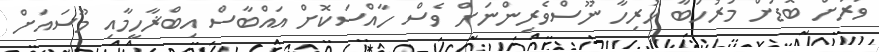
ވަރަށް ބޮޑަށް މަރުހަބާ ހުރިހާ ނޫސްވެރިންނަށް ވެސް ހާއްސަކޮށް އައްބާސް އިބްޜާހީމާއި މޫސައަށް